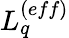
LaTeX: L_{q}^{(eff)}